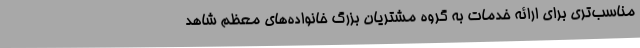
مناسب‌تری برای ارائه خدمات به گروه مشتریان بزرگ خانواده‌های معظم شاهد